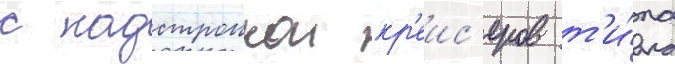
с надстроикои кр'еис'еров т'и́па